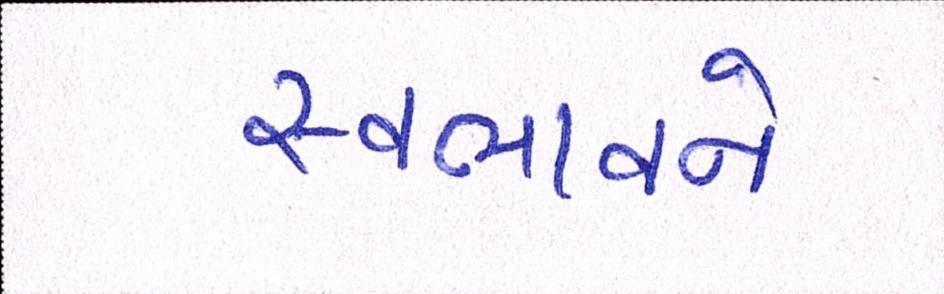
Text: સ્વભાવને